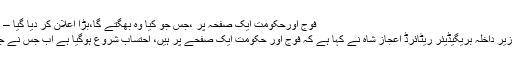
فوج اورحکومت ایک صفحہ پر ،جس جو کیا وہ بھگتے گا،بڑا اعلان کر دیا گیا – Shama News TV
کراچی(آن لائن)وفاقی وزیر داخلہ بریگیڈیئر ریٹائرڈ اعجاز شاہ نے کہا ہے کہ فوج اور حکومت ایک صفحے پر ہیں، احتساب شروع ہوگیا ہے اب جس نے جو کیا ہے وہ بھگتے گا۔